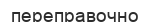
переправочно